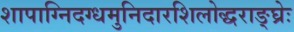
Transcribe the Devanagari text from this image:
शापाग्निदग्धमुनिदारशिलोद्धराङ्घ्रेः